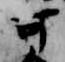
可